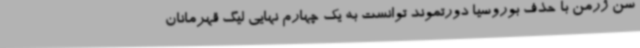
سن ژرمن با حذف بوروسیا دورتموند توانست به یک چهارم نهایی لیگ قهرمانان